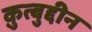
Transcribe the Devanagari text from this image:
क़ुत्बुद्दीन